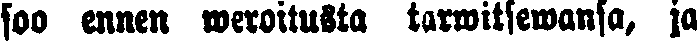
soo ennen weroitusta tarwitsewansa, ja